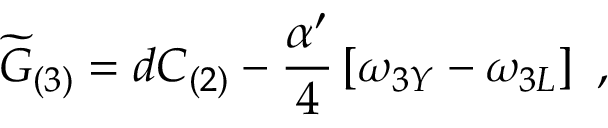
{ \widetilde G } _ { ( 3 ) } = d C _ { ( 2 ) } - { \frac { \alpha ^ { \prime } } { 4 } } \left[ \omega _ { 3 Y } - \omega _ { 3 L } \right] \ ,